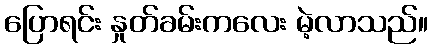
ပြောရင်း နှုတ်ခမ်းကလေး မဲ့လာသည်။